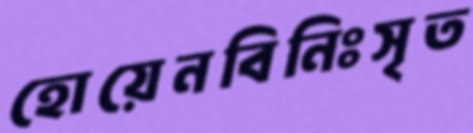
হোয়েনবিনিঃসৃত